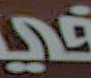
பூத்